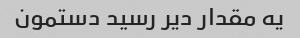
یه مقدار دیر رسید دستمون